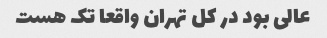
عالی بود در کل تهران واقعا تک هست